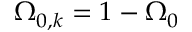
\Omega _ { 0 , k } = 1 - \Omega _ { 0 }